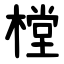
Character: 樘